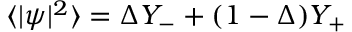
\langle | \psi | ^ { 2 } \rangle = \Delta Y _ { - } + ( 1 - \Delta ) Y _ { + }